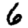
Digit: 6